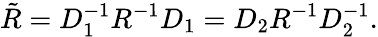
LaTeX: \tilde{R}=D_{1}^{-1}R^{-1}D_{1}=D_{2}R^{-1}D_{2}^{-1}.